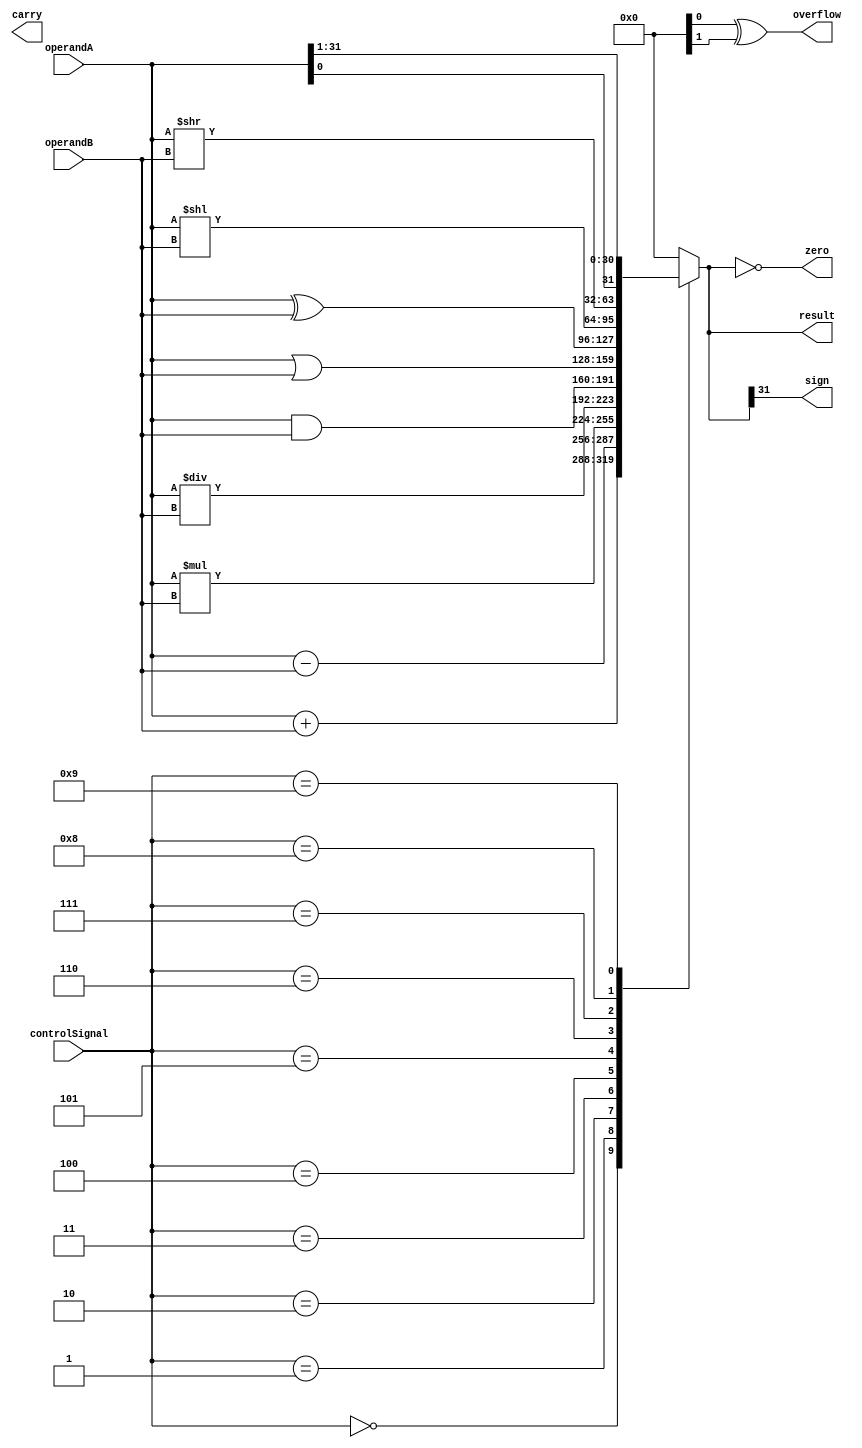
module ALU (
    input [31:0] operandA,
    input [31:0] operandB,
    input [3:0] controlSignal,
    output reg [31:0] result,
    output reg overflow,
    output reg carry,
    output reg zero,
    output reg sign
);

reg [31:0] temp;
wire [63:0] tempWide;

always @(*) begin
    case(controlSignal)
        4'b0000: temp = operandA + operandB; // Addition
        4'b0001: temp = operandA - operandB; // Subtraction
        4'b0010: temp = operandA * operandB; // Multiplication
        4'b0011: temp = operandA / operandB; // Division
        4'b0100: temp = operandA & operandB; // Bitwise AND
        4'b0101: temp = operandA | operandB; // Bitwise OR
        4'b0110: temp = operandA ^ operandB; // Bitwise XOR
        4'b0111: temp = operandA << operandB; // Left Shift
        4'b1000: temp = operandA >> operandB; // Right Shift
        4'b1001: temp = {operandA[0], operandA[31:1]}; // Rotate
        default: temp = 32'b0;
    endcase
    
    overflow = tempWide[63] ^ tempWide[31];
    carry = tempWide[32];
    zero = (temp == 32'b0);
    sign = temp[31];
    
    result = temp;
end

endmodule